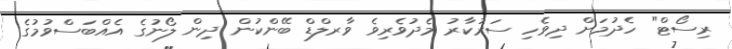
ރިސޯޓް" ހެދުމަށް ދިވެހި ސަރުކާރު މެދުވެރިވެ ވާރލްޑް ބޭންކުން ދިން ލޯނުގެ އެއްބަސްވުމުގެ